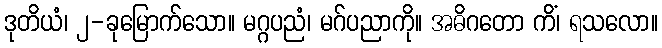
ဒုတိယံ၊ ၂-ခုမြောက်သော။ မဂ္ဂပညံ၊ မဂ်ပညာကို။ အဓိဂတော ကိံ၊ ရသလော။